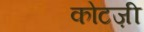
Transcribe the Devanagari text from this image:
कोटज़ी